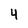
Character: 4